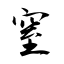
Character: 窒